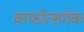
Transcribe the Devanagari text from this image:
कफोत्सर्गक